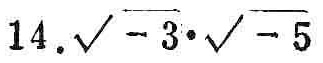
14.$\sqrt{-3}\cdot\sqrt{-5}$